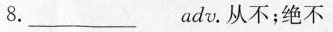
8.___adv.从不；绝不